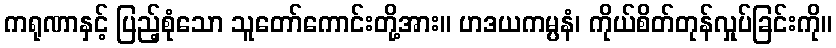
ကရုဏာနှင့် ပြည့်စုံသော သူတော်ကောင်းတို့အား။ ဟဒယကမ္ပနံ၊ ကိုယ်စိတ်တုန်လှုပ်ခြင်းကို။